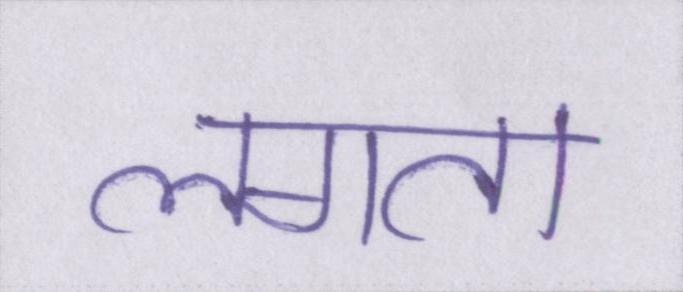
लगता